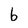
Character: b